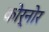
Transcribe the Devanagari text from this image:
कोर्नोर